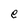
Character: e